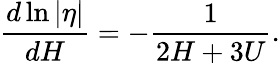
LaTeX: \frac{d\ln|\eta|}{dH}=-\frac{1}{2H+3U}.